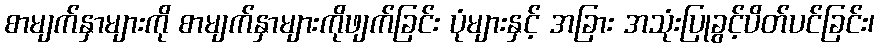
စာမျက်နှာများကို စာမျက်နှာများကိုဖျက်ခြင်း ပုံများနှင့် အခြား အသုံးပြုခွင့်ပိတ်ပင်ခြင်း၊